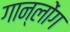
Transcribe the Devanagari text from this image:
गान्लोंग